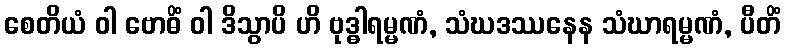
စေတိယံ ဝါ ဗောဓိံ ဝါ ဒိသွာပိ ဟိ ဗုဒ္ဓါရမ္မဏံ, သံဃဒဿနေန သံဃာရမ္မဏံ, ပီတိံ